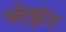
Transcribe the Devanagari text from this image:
प्लेझंट